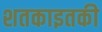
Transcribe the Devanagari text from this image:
शतकाइतकी